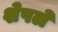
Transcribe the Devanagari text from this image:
शेपले